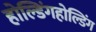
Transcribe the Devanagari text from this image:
होल्डिंगहोल्डिंग